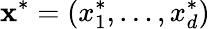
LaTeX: \mathbf{x}^{*}=(x_{1}^{*},\ldots,x_{d}^{*})